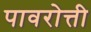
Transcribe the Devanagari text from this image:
पावरोत्ती